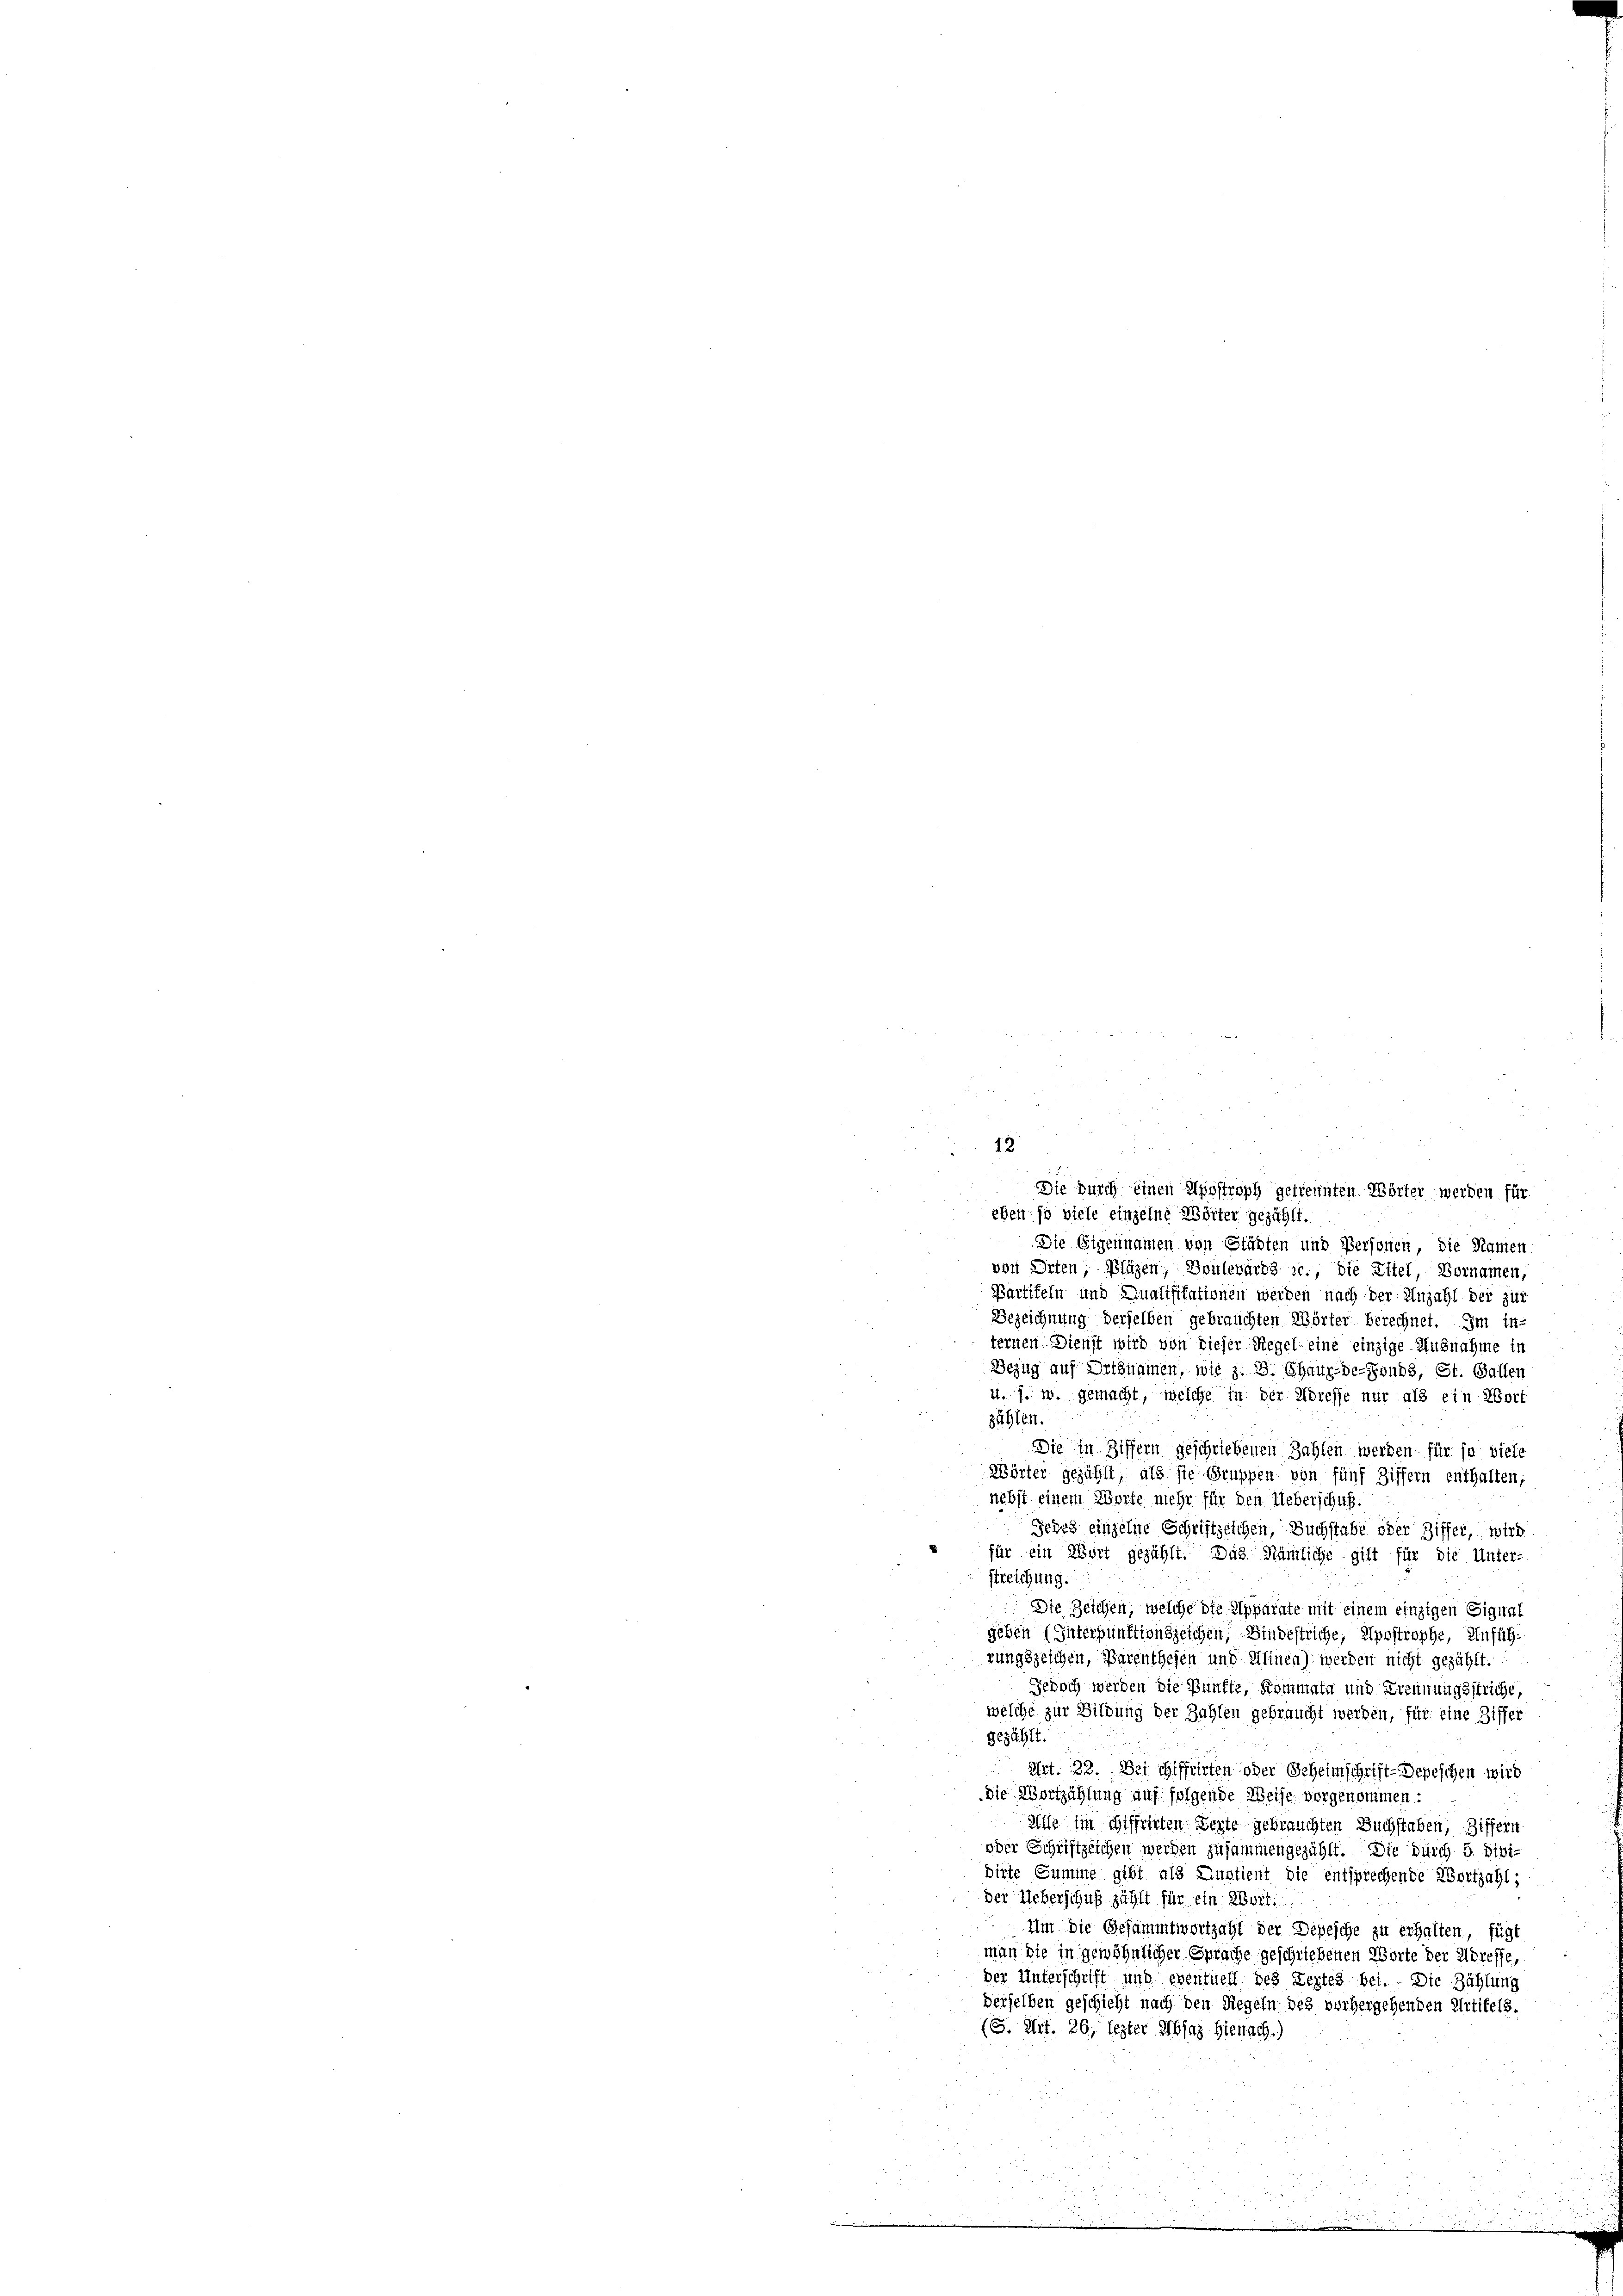
12

Die durch einen Apostroph getrennten Wörter werden für
eben so viele einzelne Wörter gezählt.
Die Eigennamen von Städten und Personen, die Namen
von Orten, Pläzen, Boulevards 1., die Zitel, Vornamen
Partiteln und Qualifikationen werden nach der Anzahl der zur
Bezeichnung derselben gebrauchten Wörter berechnet. Im in
ternen Dienst wird von dieser Regel eine einzige Ausnahme in
Bezug auf Ortsnamen, wie z. B. Chaux-de-Fonds, St. Gallen
u. 7. w. gemacht, welche in der Adresse nur als ein Wort
zählen.
Die in Ziffern geschriebenen Zahlen werden für ja viele
Wörter gezählt, als sie Gruppen von fünf Ziffern enthalten,
nebst einem Worte mehr für den Ueberschuf.
Jedes einzelne Schriftzeichen, Buchstabe oder Ziffer, wird.
s für ein Wort gezählt. Das Nämliche gilt für die Unter-
u
streichung.
 Die Zeichen, welche die Apparate mit einem einzigen Signal
geben (Intersunktionszeichen, Bindestriche, Apostrophe, Anführungszeichen, Parenthefen und Alinea) werden nicht gezählt.
Jedoch werden die Punkte, Kommata und Trennungsstriche,
welche zur Bildung der Zahlen gebraucht werden, für eine Ziffer
gezählt.
Art. 22. Dei chifferten oder Geheimschrift-Depeschen wird
die Wortzählung auf folgende Weise vorgenommen:
Mlle im Schiffrirten Zerte gebrauchten Buchstaben, Ziffern
oder Schriftzeichen werden zusammengezählt. Die durch B. Dividirte Summe gibt als Austient die entsprechende Wortzahl;
der Ueberschuß zählt für ein Wort.
Um die Gesammtwortzahl der Depesche zu erhalten, fügt
man die in gewöhnlicher Sprache geschriebenen Worte der Adresse,
der Unterschrift und eventuell des Zertes bei. Die Zählung
derselben geschicht nach den Regeln des vorhergehenden Artikels.
(G. Art. 26, lezter Absaz. Hienach.)